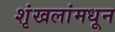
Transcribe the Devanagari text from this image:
शृंखलांमधून